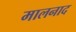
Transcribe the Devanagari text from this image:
मालनाद